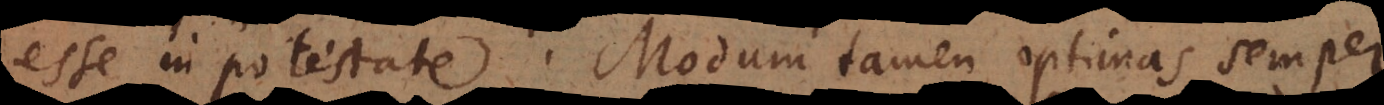
esse in potestate. Modum tamen optimas semper